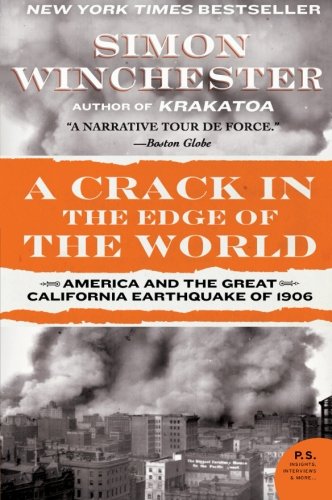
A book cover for A Crack in the Edge of the World: America and the Great California Earthquake of 1906; Simon Winchester; Science & Math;